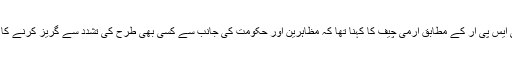
ڈی جی آئی ایس پی آر کے مطابق آرمی چیف کا کہنا تھا کہ مظاہرین اور حکومت کی جانب سے کسی بھی طرح کی تشدد سے گریز کرنے کا مشورہ دیا۔